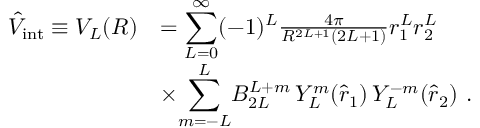
\begin{array} { r l } { \hat { V } _ { \mathrm { i n t } } \equiv V _ { L } ( R ) } & { = { \displaystyle \sum _ { L = 0 } ^ { \infty } } ( - 1 ) ^ { L } \frac { 4 \pi } { R ^ { 2 L + 1 } ( 2 L + 1 ) } r _ { 1 } ^ { L } r _ { 2 } ^ { L } } \\ & { \times { \displaystyle \sum _ { m = - L } ^ { L } } B _ { 2 L } ^ { L + m } \, Y _ { L } ^ { m } ( \hat { \boldsymbol { r } } _ { 1 } ) \, Y _ { L } ^ { - m } ( \hat { \boldsymbol { r } } _ { 2 } ) \, \, . } \end{array}